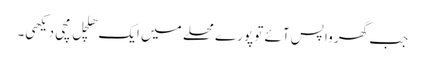
جب گھر واپس آئے تو پورے محلے میں ایک ھلچل مچی دیکھی۔